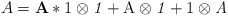
\begin{align*}A=\mathbf{A}*\mathrm{1}\otimes\mathit{1}+\mathrm{A}\otimes \mathit{1}+\mathrm{1}\otimes \mathit{A}\end{align*}